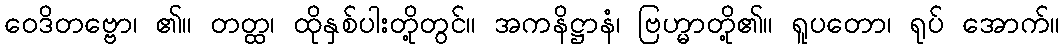
ဝေဒိတဗ္ဗော၊ ၏။ တတ္ထ၊ ထိုနှစ်ပါးတို့တွင်။ အကနိဋ္ဌာနံ၊ ဗြဟ္မာတို့၏။ ရူပတော၊ ရုပ် အောက်။